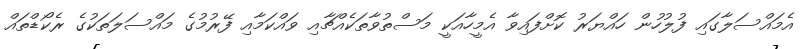
އެމައްސަލާގައި ފުލުހުން ހައްޔަރުު ކޮށްފައިވާ އެމީހާއަކީ މަސްތުވާތަކެއްޗާއި ވައްކަމާއި ފޭރުމުގެ މައްސަލަތަކުގެ ރެކޯޑްތައް